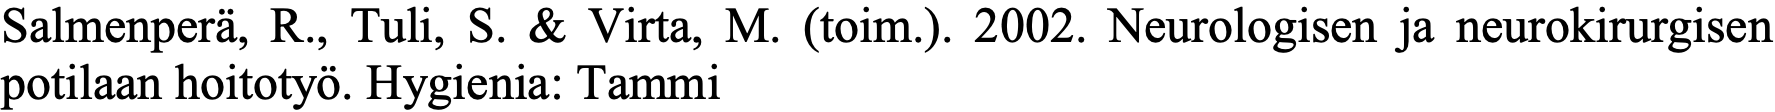
Salmenperä, R., Tuli, S. & Virta, M. (toim.). 2002. Neurologisen ja neurokirurgisen potilaan hoitotyö. Hygienia: Tammi